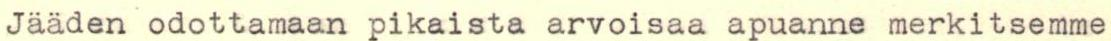
Jääden odottamaan pikaista arvoisaa apuanne merkitsemme